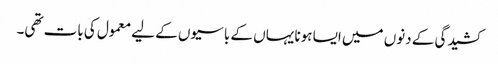
کشیدگی کے دنوں میں ایسا ہونا یہاں کے باسیوں کے لیے معمول کی بات تھی۔